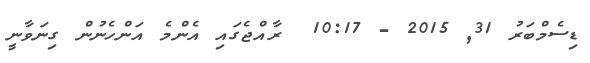
ޑިސެމްބަރު 31